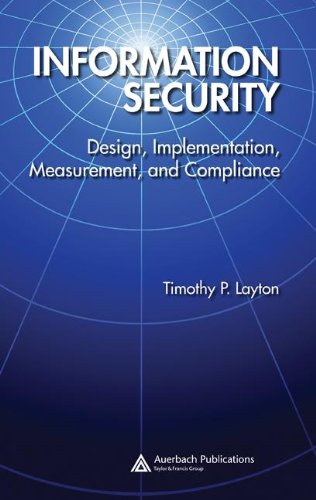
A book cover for Information Security: Design, Implementation, Measurement, and Compliance; Timothy P. Layton; Computers & Technology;